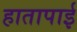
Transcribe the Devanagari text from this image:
हातापाई